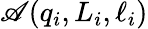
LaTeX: \mathscr{A}(q_{i},L_{i},\ell_{i})